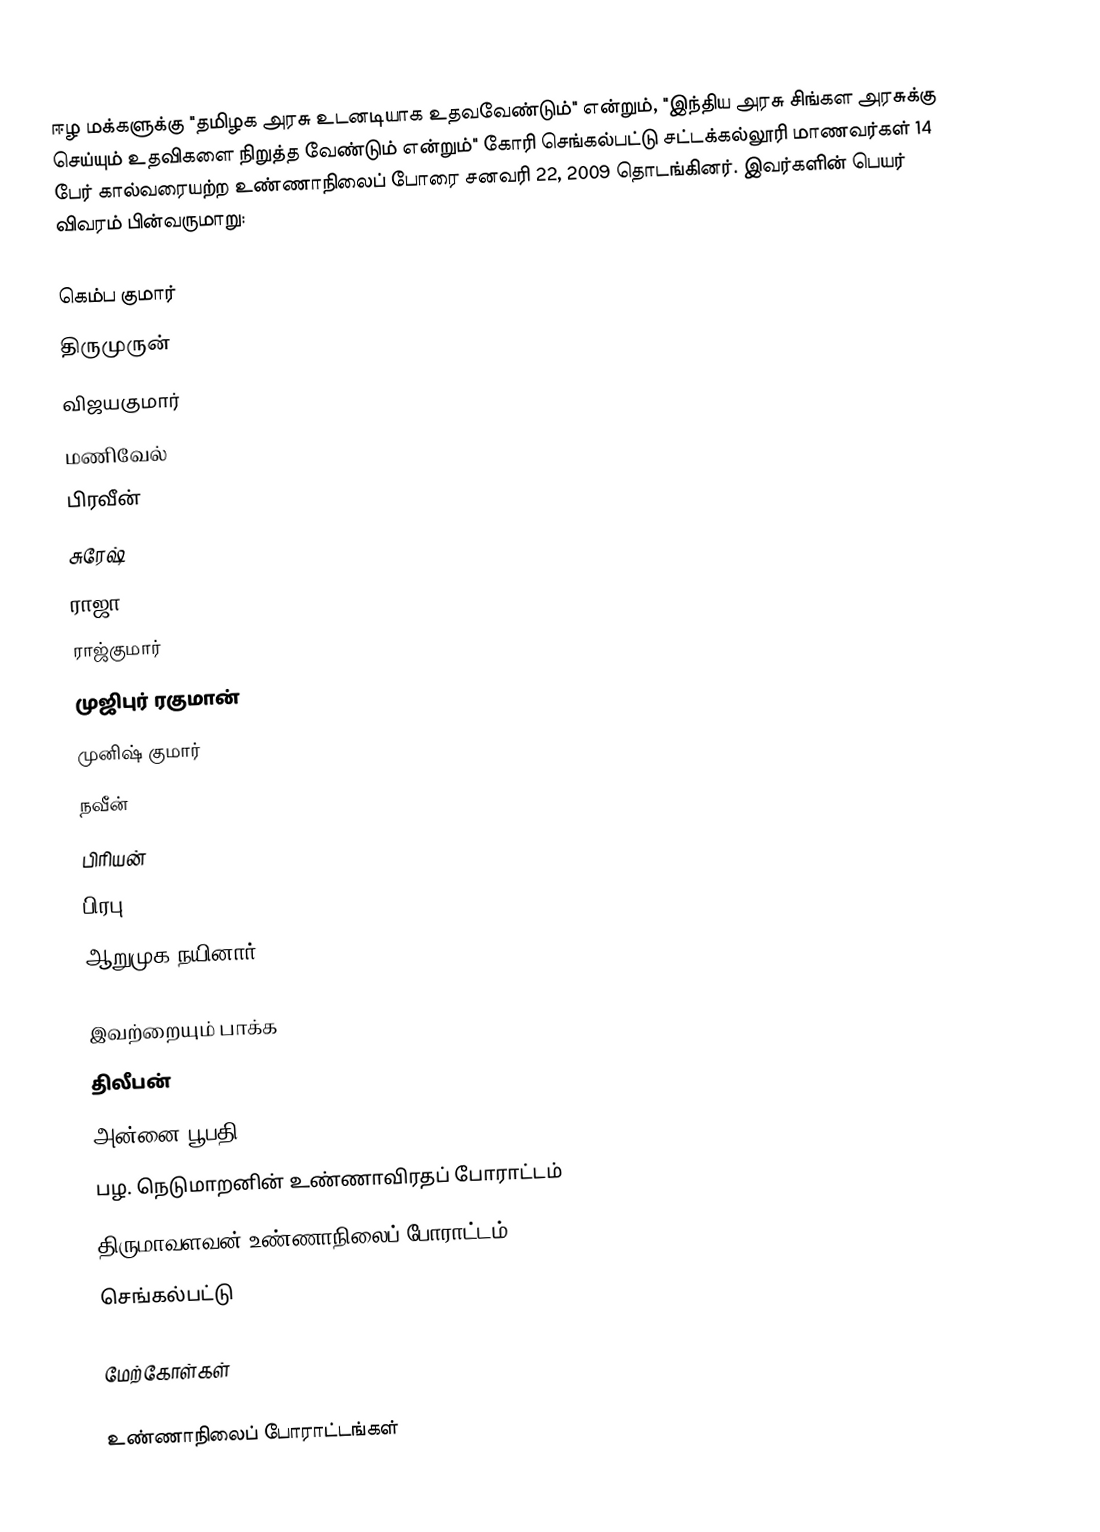
ஈழ மக்களுக்கு "தமிழக அரசு உடனடியாக உதவவேண்டும்" என்றும், "இந்திய அரசு சிங்கள அரசுக்கு செய்யும் உதவிகளை நிறுத்த வேண்டும் என்றும்" கோரி செங்கல்பட்டு சட்டக்கல்லூரி மாணவர்கள் 14 பேர் கால்வரையற்ற உண்ணாநிலைப் போரை சனவரி 22, 2009 தொடங்கினர்.  இவர்களின் பெயர் விவரம் பின்வருமாறு:

 கெம்ப குமார்
 திருமுருன்
 விஜயகுமார்
 மணிவேல்
 பிரவீன்
 சுரேஷ்
 ராஜா
 ராஜ்குமார்
 முஜிபுர் ரகுமான்
 முனிஷ் குமார்
 நவீன்
 பிரியன்
 பிரபு
 ஆறுமுக நயினார்

இவற்றையும் பாக்க
 திலீபன்
 அன்னை பூபதி
 பழ. நெடுமாறனின் உண்ணாவிரதப் போராட்டம்
 திருமாவளவன் உண்ணாநிலைப் போராட்டம்
 செங்கல்பட்டு

மேற்கோள்கள்

உண்ணாநிலைப் போராட்டங்கள்